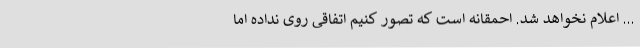
... اعلام نخواهد شد. احمقانه است که تصور کنیم اتفاقی روی نداده اما